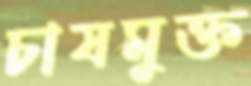
চাষমুক্ত